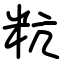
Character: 粇